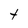
Character: t